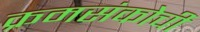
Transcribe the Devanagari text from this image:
क्रमसंकोची